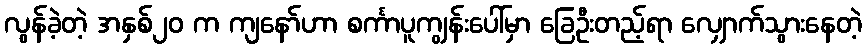
လွန်ခဲ့တဲ့ အနှစ်၂၀ က ကျနော်ဟာ စင်္ကာပူကျွန်းပေါ်မှာ ခြေဦးတည့်ရာ လျှောက်သွားနေတဲ့